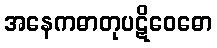
အနေကဓာတုပဋိဝေဓော